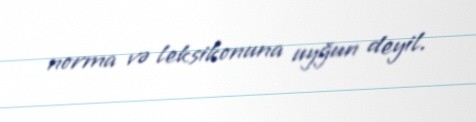
norma və leksikonuna uyğun deyil.